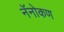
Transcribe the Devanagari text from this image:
नॅनोकण